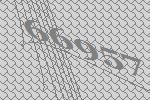
66957